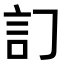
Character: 𧥟